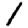
Digit: 1